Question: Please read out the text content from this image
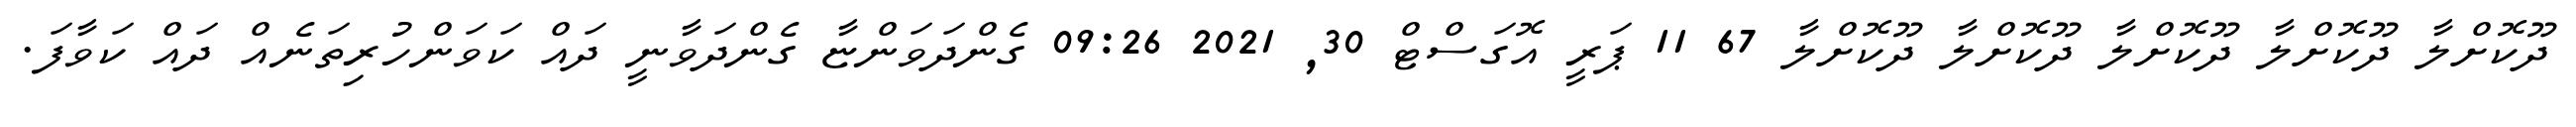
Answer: ދޫކޮށްލާ ދޫކޮށްލާ ދޫކޮށްލާ ދޫކޮށްލާ ދޫކޮށްލާ 67 11 ޕަރީ އޮގަސްޓް 30, 2021 09:26 ގެންދަވަންޏާ ގެންދަވާނީ ދައް ކަވަންހުރިތަނެއް ދައް ކަވާފަ.